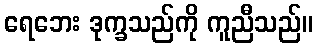
ရေဘေး ဒုက္ခသည်ကို ကူညီသည်။